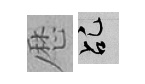
厯乩